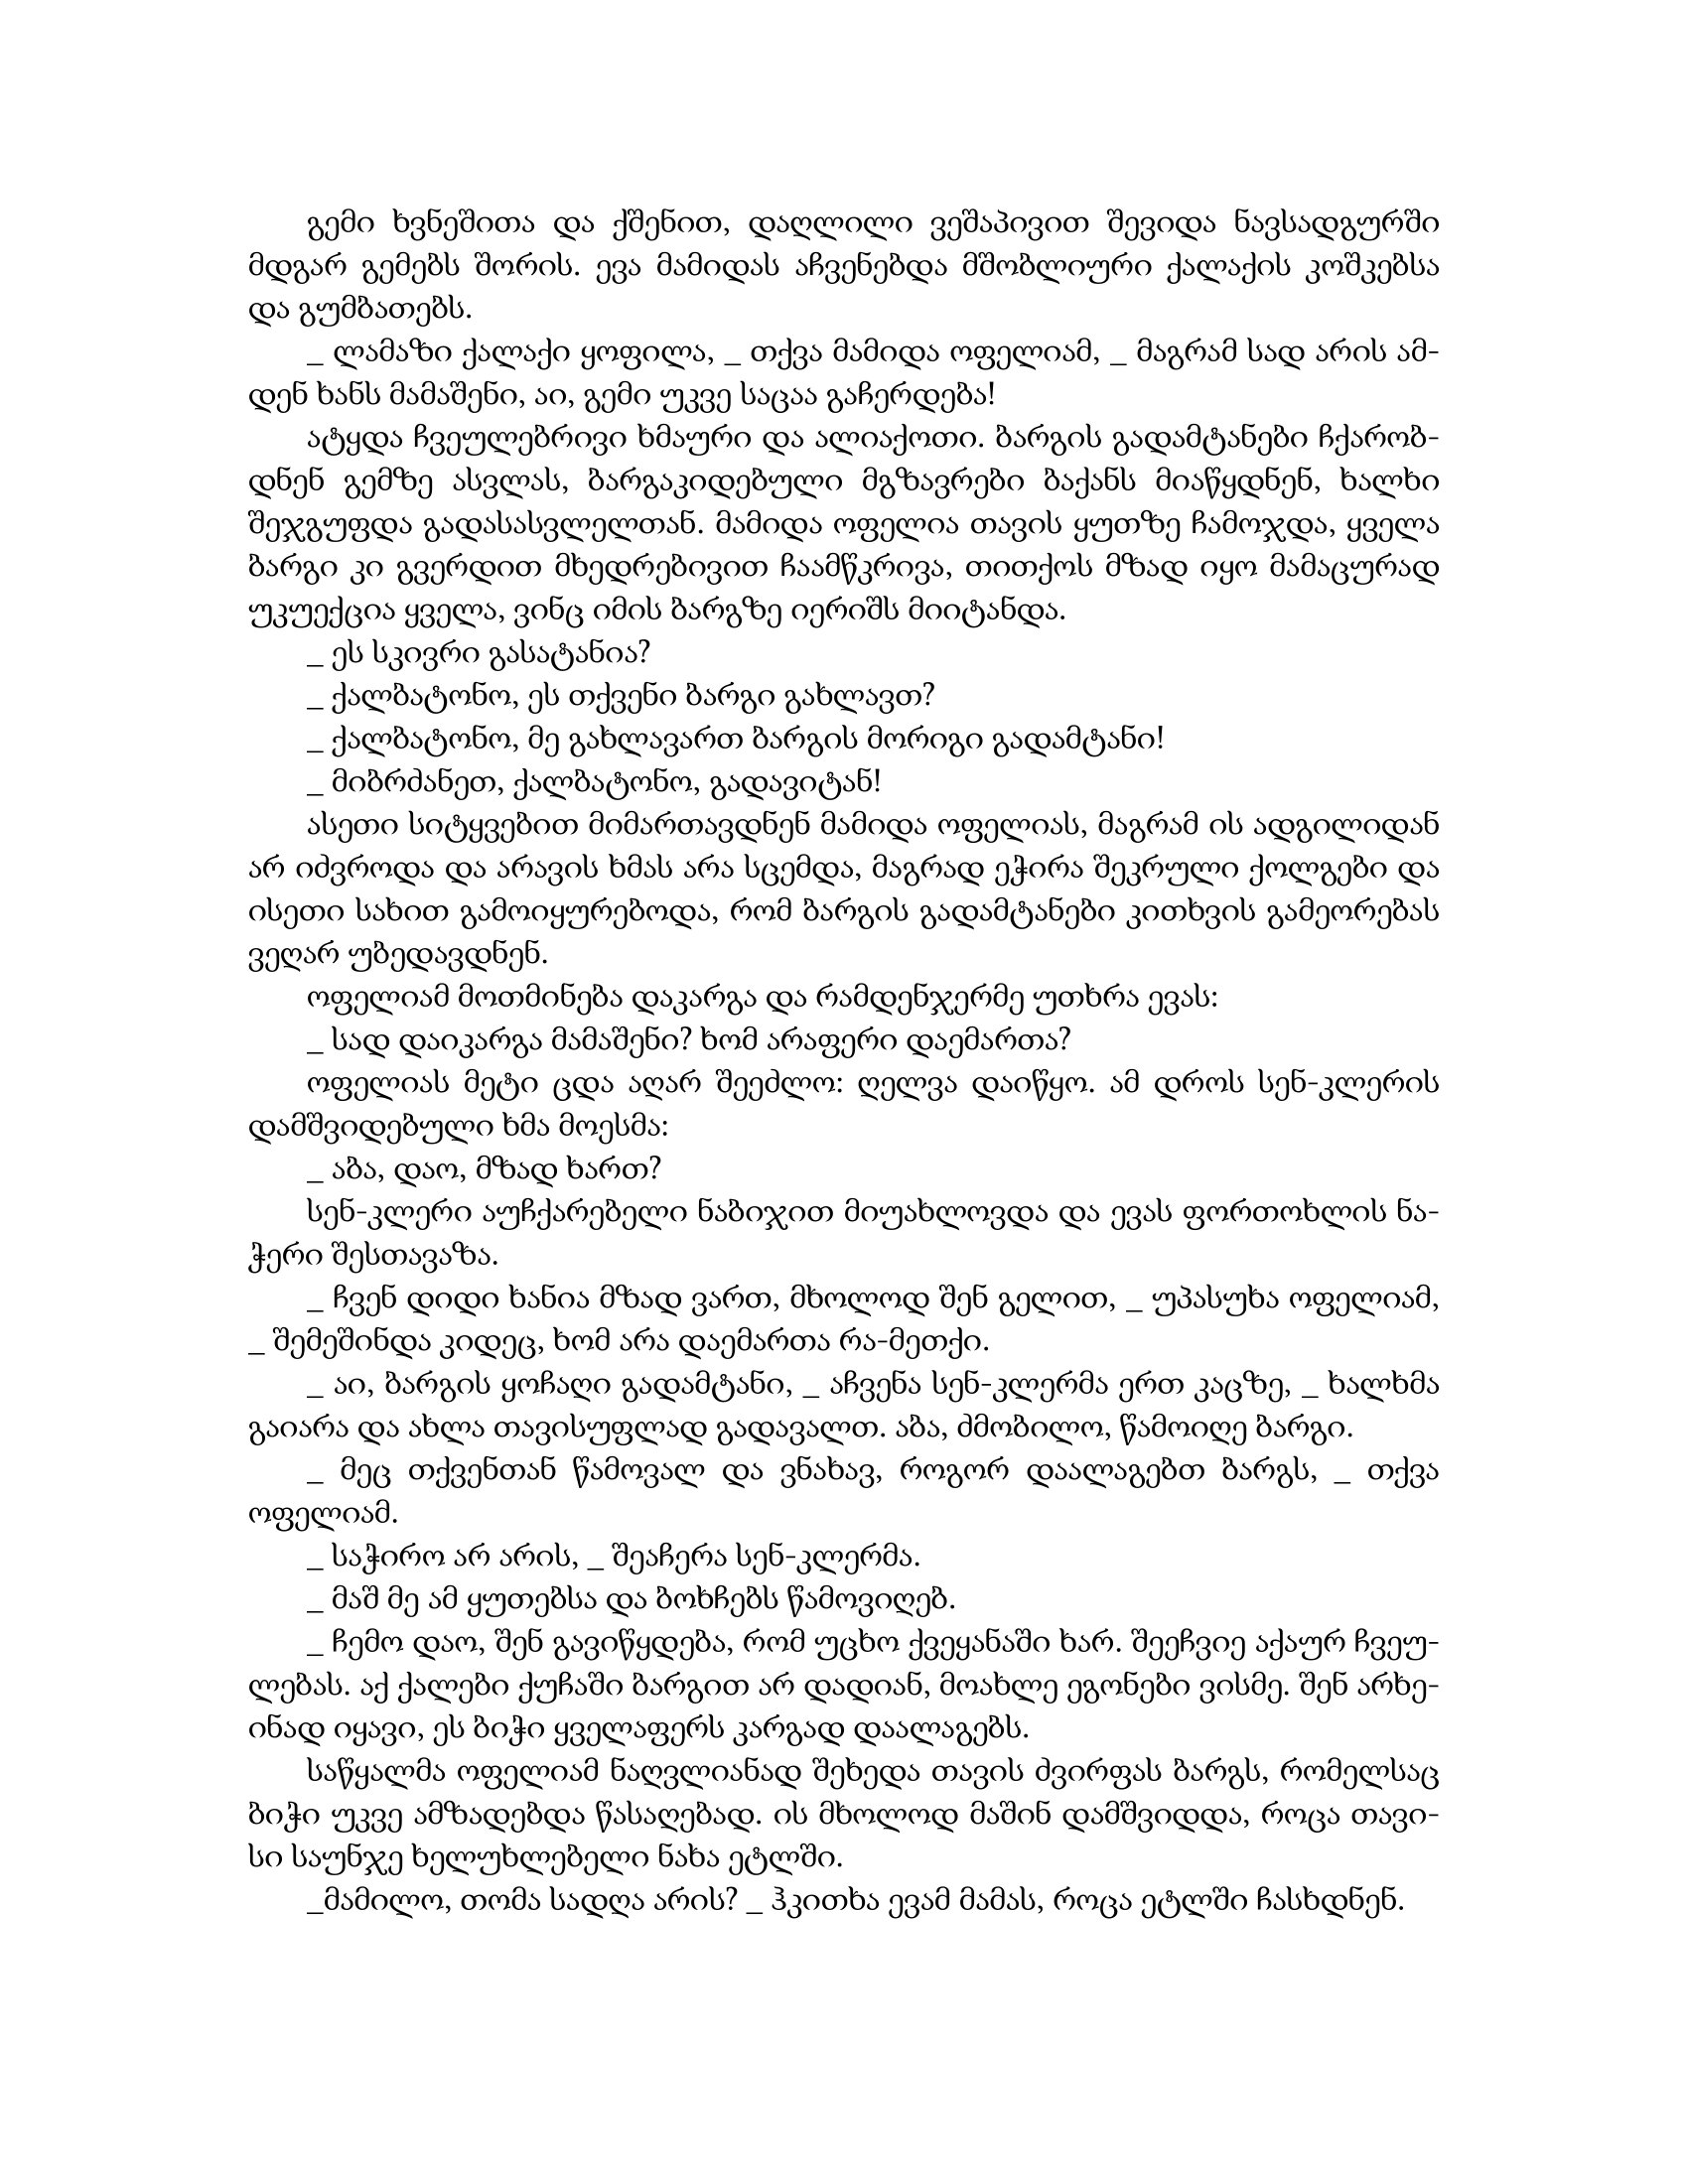
Language: gr